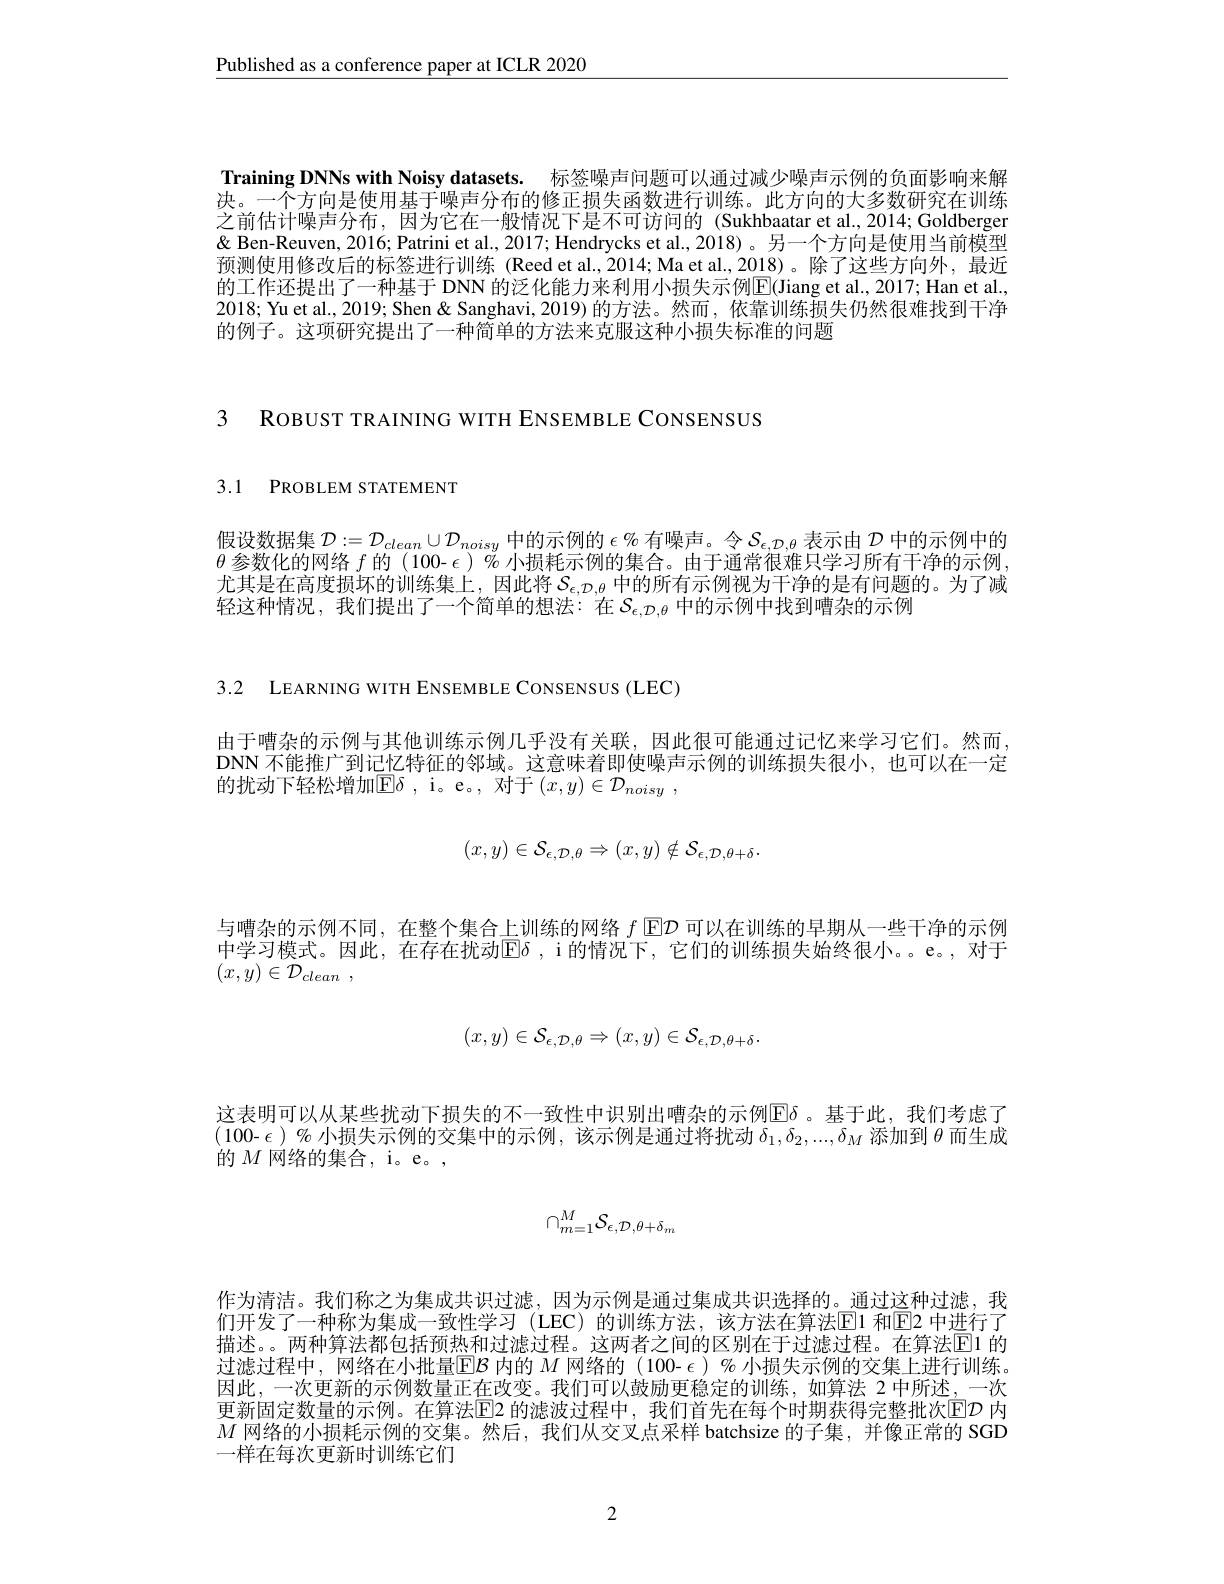
$\underline{\text{Published as a conference paper at ICLR 2020}}$

Training DNNs with Noisy datasets. 标签噪声问题可以通过减少噪声示例的负面影响来解决。一个方向是使用基于噪声分布的修正损失函数进行训练。此方向的大多数研究在训练之前估计噪声分布，因为它在一般情况下是不可访问的(Sukhbaatar et al.,2014;Goldberger & Ben-Reuven, 2016; Patrini et al., 2017; Hendrycks et al., 2018)。另一个方向是使用当前模型预测使用修改后的标签进行训练(Reed et al.,2014; Ma et al.,2018)。除了这些方向外，最近的工作还提出了一种基于 DNN 的泛化能力来利用小损失示例$\overline{\mathrm{E}}($Jiang et al., 2017; Han et al. 2018; Yu et al., 2019; Shen & Sanghavi, 2019) 的方法。然而，依靠训练损失仍然很难找到干净的例子。这项研究提出了一种简单的方法来克服这种小损失标准的问题

3 ROBUST TRAINING WITH ENSEMBLE CONSENSUS

3.1 PROBLEM STATEMENT

假设数据集$\mathcal{D}:=\mathcal{D}_{clean}\cup\mathcal{D}_{noisy}$中的示例的$\epsilon$ % 有噪声。令$\mathcal{S}_\epsilon,\mathcal{D},\theta$表示由$\mathcal{D}$中的示例中的$\theta$参数化的网络$f$的 (100- $\epsilon)\%$小损耗示例的集合。由于通常很难只学习所有干净的示例. 尤其是在高度损坏的训练集上，因此将$\mathcal{S}_{\epsilon,\mathcal{D},\theta}$中的所有示例视为干净的是有问题的。为了减轻这种情况，我们提出了一个简单的想法：在$S_{\epsilon,\mathcal{D},\theta}$ 中的示例中找到嘈杂的示例

3.2 LEARNING WITH ENSEMBLE CONSENSUS (LEC)

由于嘈杂的示例与其他训练示例几乎没有关联，因此很可能通过记忆来学习它们。然而， DNN 不能推广到记忆特征的邻域。这意味着即使噪声示例的训练损失很小，也可以在一定的扰动下轻松增加$\operatorname{E}\delta$,i。e。,对于$(x,y)\in\mathcal{D}_noisy~$,
$$(x,y)\in\mathcal{S}_{\epsilon,\mathcal{D},\theta}\Rightarrow(x,y)\notin\mathcal{S}_{\epsilon,\mathcal{D},\theta+\delta}.$$
与嘈杂的示例不同，在整个集合上训练的网络$f$ E$\mathcal{D}$可以在训练的早期从一些干净的示例中学习模式。因此，在存在扰动$\mathbb{E}\delta$ ,i 的情况下，它们的训练损失始终很小。。e。,对于$( \overset {\rightharpoonup }{\operatorname* { x, y} }) \in \mathcal{D} _{clean}$ ,
$$(x,y)\in\mathcal{S}_{\epsilon,\mathcal{D},\theta}\Rightarrow(x,y)\in\mathcal{S}_{\epsilon,\mathcal{D},\theta+\delta}.$$
这表明可以从某些扰动下损失的不一致性中识别出嘈杂的示例$\mathbb{E}\delta$ 。基于此，我们考虑了( 100- $\epsilon$ ) % 小损失示例的交集中的示例，该示例是通过将扰动$\delta_1,\delta_2,...,\delta_M$添加到$\theta$而生成的$M$网络的集合，i。e。,
$$\cap_{m=1}^M\mathcal{S}_{\epsilon,\mathcal{D},\theta+\delta_m}$$
作为清洁。我们称之为集成共识过滤，因为示例是通过集成共识选择的。通过这种过滤，我们开发了一种称为集成一致性学习(LEC)的训练方法，该方法在算法$\color{red}{\mathrm{E}}$1 和$\color{blue}{\mathrm{E}}$2 中进行了描述。。两种算法都包括预热和过滤过程。这两者之间的区别在于过滤过程。在算法$\color{red}{\mathrm{E}}$1 的过滤过程中，网络在小批量$\overline {\mathrm{E} }\mathcal{B}$内的$M$网络的 (100- $\epsilon$ )% 小损失示例的交集上进行训练。因此，一次更新的示例数量正在改变。我们可以鼓励更稳定的训练，如算法 2 中所述，一次更新固定数量的示例。在算法$\boxed{\mathrm{E}}$2 的滤波过程中，我们首先在每个时期获得完整批次$\boxed{\mathrm{E}}D$ 内$M$网络的小损耗示例的交集。然后，我们从交叉点采样 batchsize 的子集，并像正常的 SGD 一样在每次更新时训练它们

2